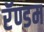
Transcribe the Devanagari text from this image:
रॅण्डम